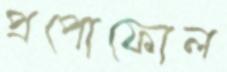
প্রপোফোল